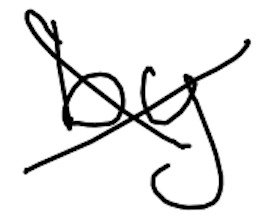
Text: by
Cross-out: cross
Writing tool: digital_black